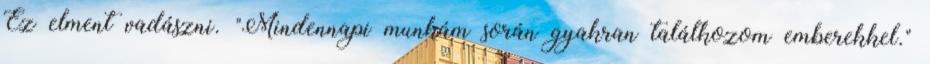
Ez elment vadászni. "Mindennapi munkám során gyakran találkozom emberekkel."